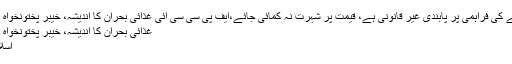
پنجاب سے دوسرے صوبوں کو آٹے کی فراہمی پر پابندی غیر قانونی ہے، قیمت پر شہرت نہ کمائی جائے،ایف پی سی سی آئی غذائی بحران کا اندیشہ، خیبر پختونخواہ زیادہ متاثر ہو رہا ہے،غضنفر بلور
غذائی بحران کا اندیشہ، خیبر پختونخواہ زیادہ متاثر ہو رہا ہے،غضنفر بلور
اسلام آباد (اُردو پوائنٹ اخبارتازہ ترین۔